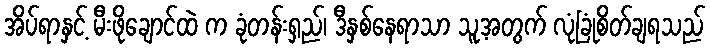
အိပ်ရာနှင့် မီးဖိုချောင်ထဲ က ခုံတန်းရှည်၊ ဒီနှစ်နေရာသာ သူ့အတွက် လုံခြုံစိတ်ချရသည်